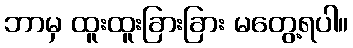
ဘာမှ ထူးထူးခြားခြား မတွေ့ရပါ။